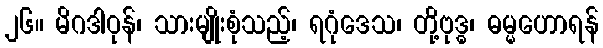
၂၆။ မိဂဒါဝုန်၊ သားမျိုးစုံသည့်၊ ရဂုံဒေသ၊ တို့ဗုဒ္ဓ၊ ဓမ္မဟောရန်